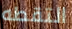
التقطه